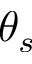
\theta _ { s }